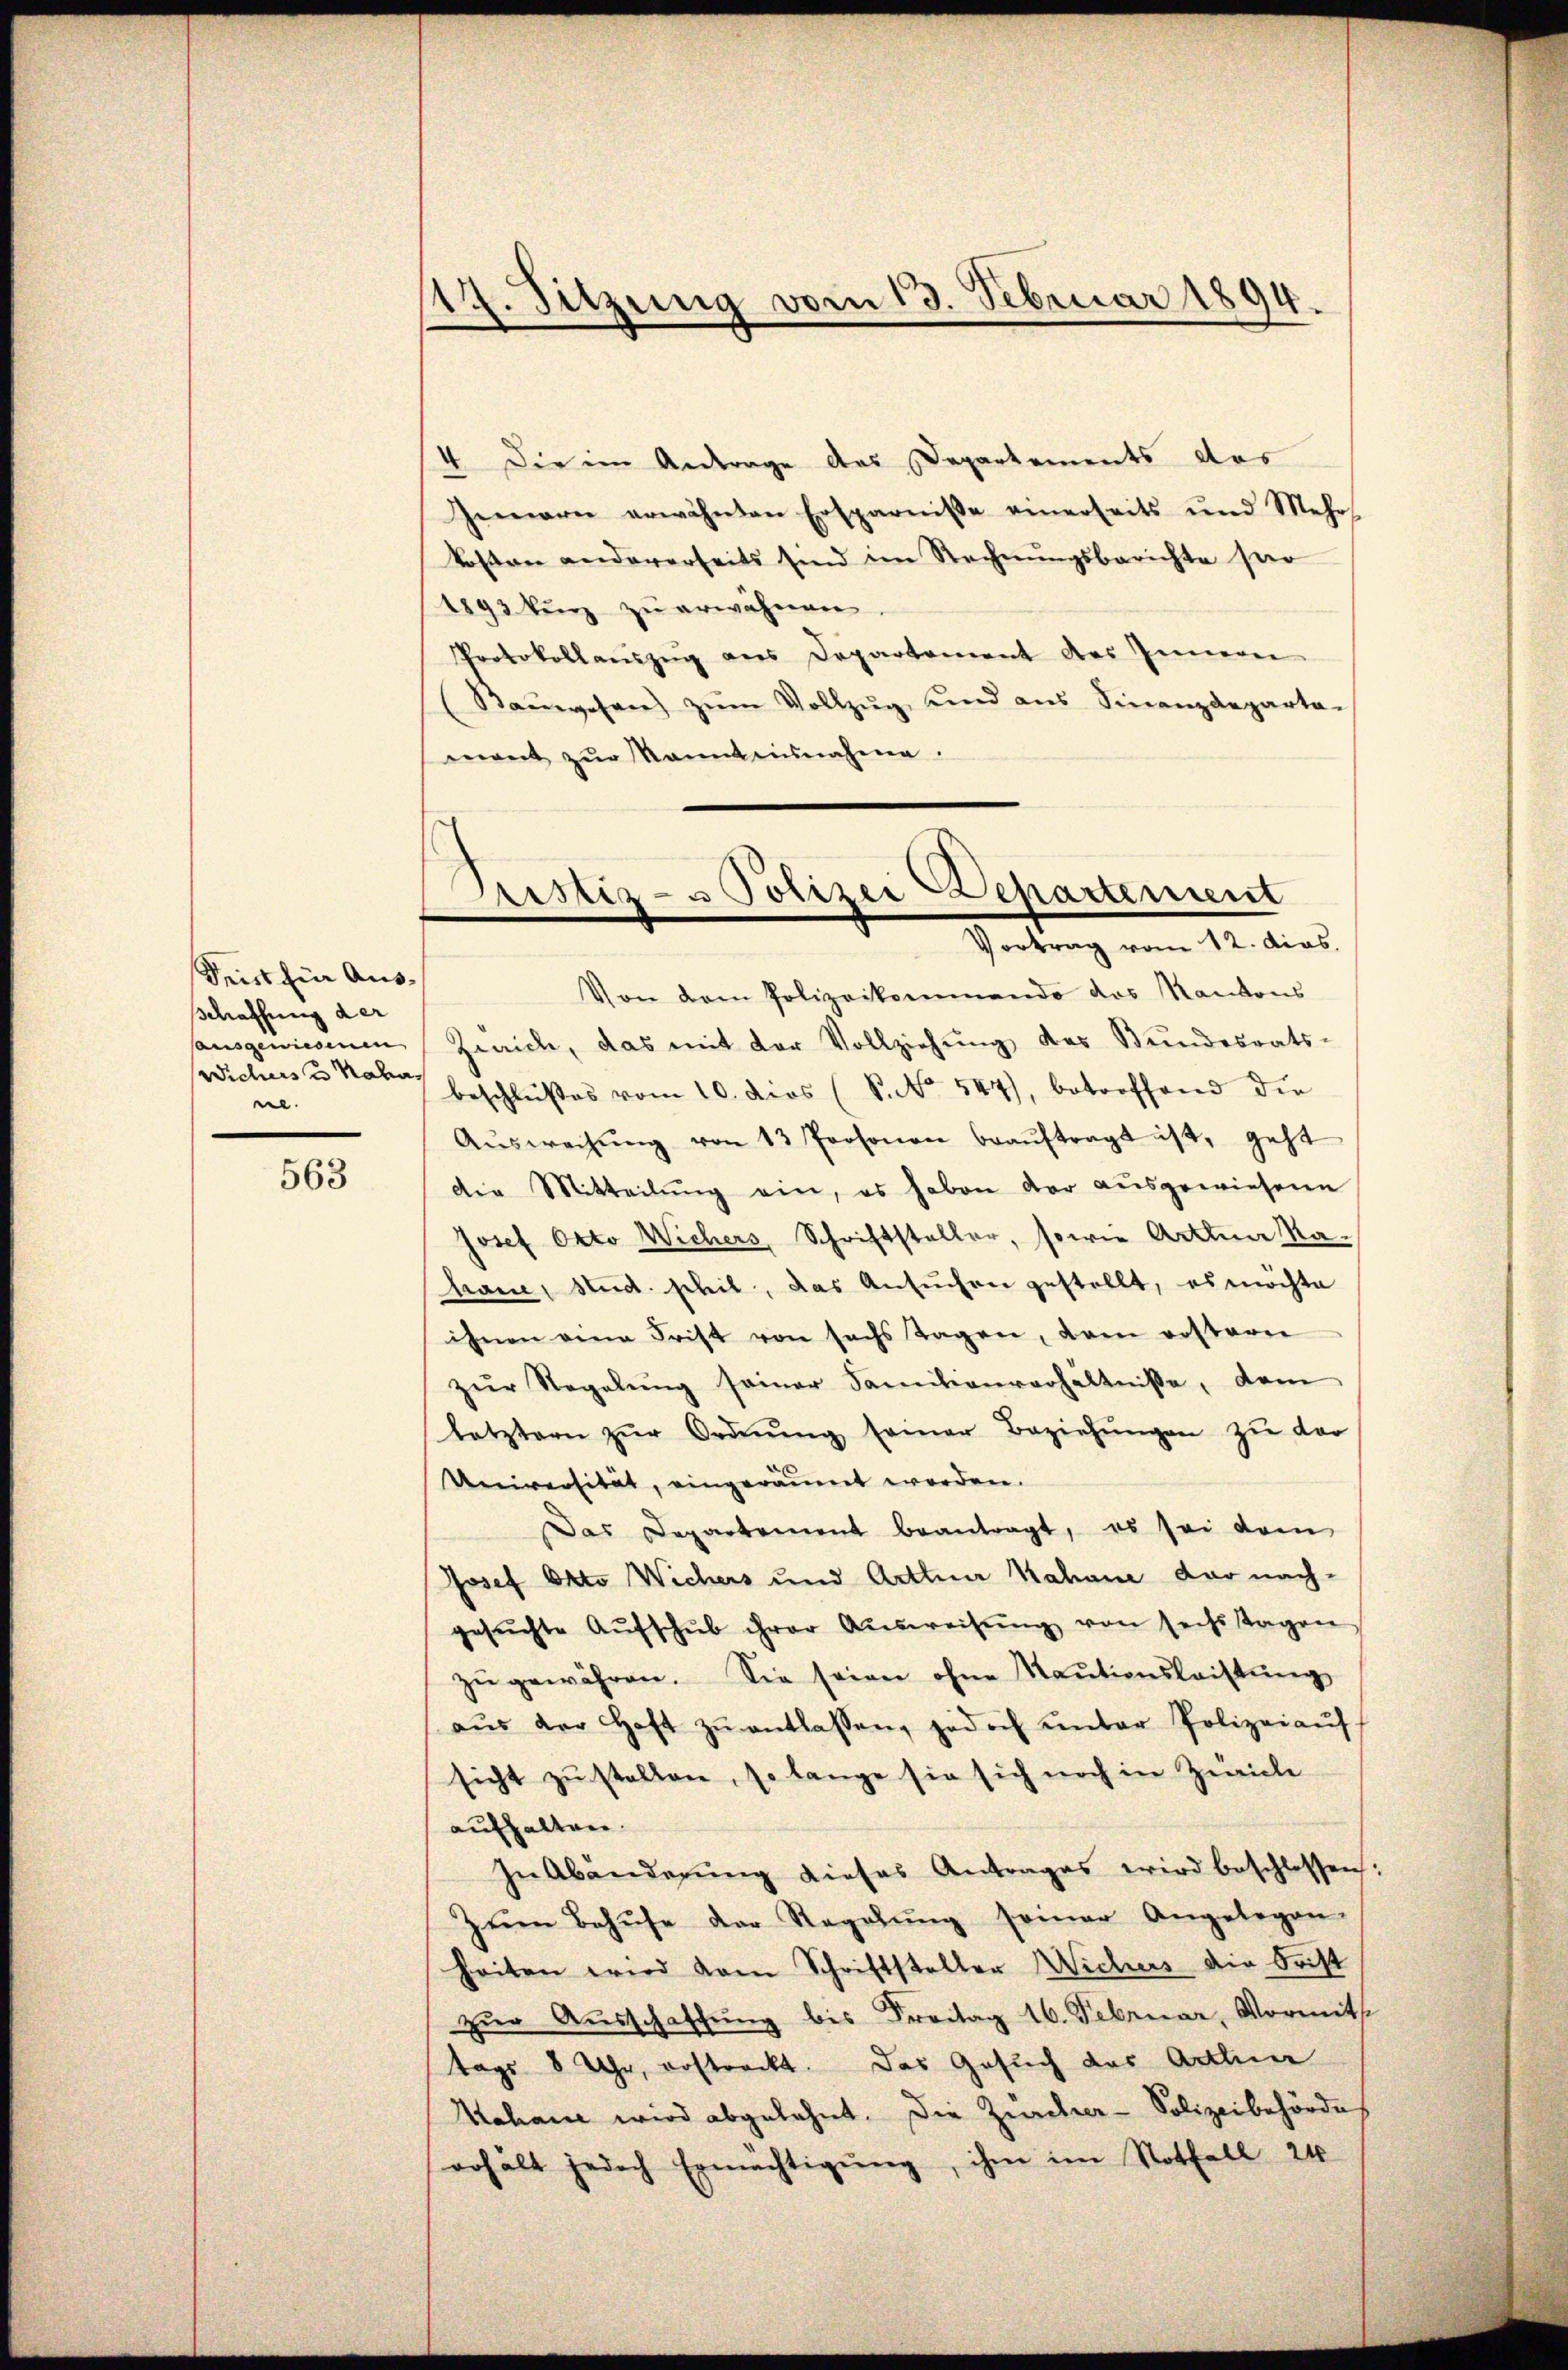
Seis für Ausschaffung der
ausgewiesenen
Wichers u Nadas
ne.

563

117. Sitzung vom 13. Februar 1894.

4 Die im Antrage des Departements das
Gemarn erwähnten Ersparnisse einerseits und Mehr-
kosten andererseits sind im Rechnungsberichte ser
1893 kurz zu erwähnen
Protokollauszug aus Departement des Inneren
Baŭwesen zŭm Vollzug und aus Finanzdeparta-
ment zŭr kannt einnahme.

Pristiz- u Polizei Departement
Vortrag vom 12. dies

Von dem Polizeikommendo das Kantons
Zürich, das mit der Vollziehŭng des Bundesrats-
beschlußes vom 10. dies (S. 544), betroffend die
Aŭswachŭng von 13 Personen beaŭftragt ist, geht
die Mitteilung ein, es haben der ausgewiesene
Josef Otto Wichers, Schriftsteller, sowie Artena Ma
haue, stud. schil, das Ansuchen gestellt, es möchte
ihnen eine Frist von sechs Tagen, dem erstern
zŭr Regelŭng seiner Samilienverhältnisse, dem
letztern zŭr Ordnŭng seiner Beziehŭngen zŭ der
Universität, eingeräumt worden.
Das Departement beantragt, es sei dem
Josef Otto Wichers und Arthner Nahane darnach-
gesŭchte Aŭfschŭb ihrer Aŭsweisŭng von sechs Tagen
zŭ gewähren. Sie seien ohne Raŭtionsleistŭng
g
aŭs der Haft zŭ entlassen, jedoch ŭnter Polizeiaŭf
sicht zŭ stellen, so lange sie sich noch in Zürich
aufhalten.
In Abänderŭng dieses Antrages wird beschlossen:
zŭm Behufe der Regelŭng seiner Angelegen.
heiten wird vom Schriftsteller Wichers die Frist
zur Ausschaffung bis Freitag 16. Februar, Vormit
tags 8 Uhr, erstreckt. Das Gesuch der Arthner
Wohann wird abgelehnt. Die Zürcher- Polizeibehörde
erhält jedoch Ermächtigŭng, ihm im Notfall 24